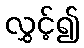
လွှင့်၍